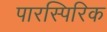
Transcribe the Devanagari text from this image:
पारस्पिरिक